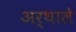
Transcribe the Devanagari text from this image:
अर्थाले